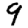
Digit: 9